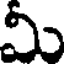
మీ